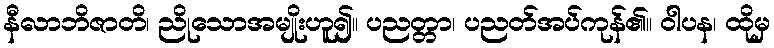
နီလာဘိဇာတိ၊ ညိုသောအမျိုးဟူ၍။ ပညတ္တာ၊ ပညတ်အပ်ကုန်၏။ ဝါပန၊ ထိုမှ